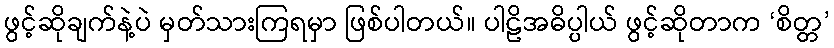
ဖွင့်ဆိုချက်နဲ့ပဲ မှတ်သားကြရမှာ ဖြစ်ပါတယ်။ ပါဠိအဓိပ္ပါယ် ဖွင့်ဆိုတာက ‘စိတ္တ’